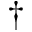
\dagger